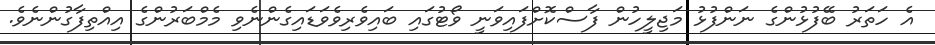
އެ ހަތަރު ބޭފުޅުންގެ ނަންފުޅު މަޖިލީހުން ފާސްކޮށްފައިވަނީ ވޯޓުގައި ބައިވެރިވެވަޑައިގެންނެވި މެމްބަރުންގެ އިއްތިފާގުންނެވެ.